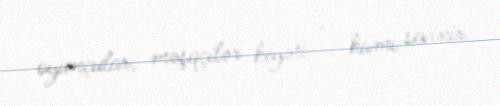
oyunçular, məşqçilər heyəti – hamı sevinir.